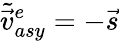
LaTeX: \tilde{\vec{v}}_{asy}^{e}=-\vec{s}